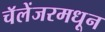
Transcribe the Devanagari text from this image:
चॅलेंजरमधून